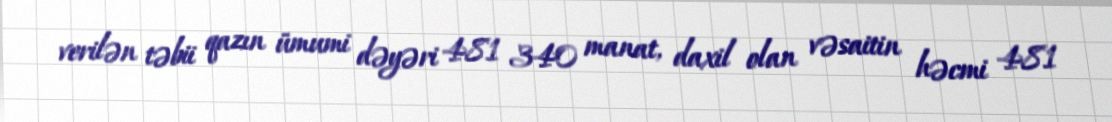
verilən təbii qazın ümumi dəyəri 481 340 manat, daxil olan vəsaitin həcmi 481